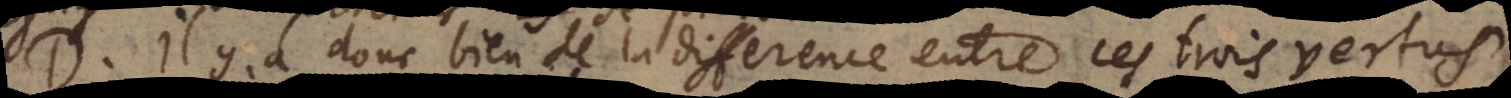
D. Il y a donc bien de la difference entre ces trois vertus